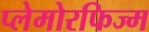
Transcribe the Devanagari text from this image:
प्लेमोरफिज्म